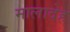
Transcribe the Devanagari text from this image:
मालादेह